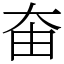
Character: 𡘊